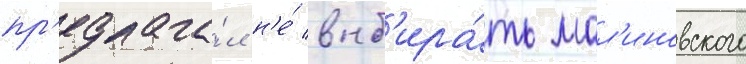
пр'едлага́л н'е́ выб'ира́ть мал'иновского